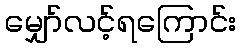
မျှော်လင့်ရကြောင်း